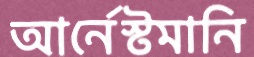
আর্নেস্টমানি